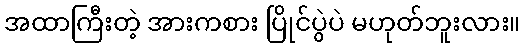
အထာကြီးတဲ့ အားကစား ပြိုင်ပွဲပဲ မဟုတ်ဘူးလား။